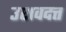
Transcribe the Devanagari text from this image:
उशवदत्त